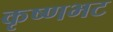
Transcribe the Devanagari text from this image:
कृष्णभट